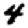
Digit: 4